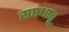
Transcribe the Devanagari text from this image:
सप्तधातू